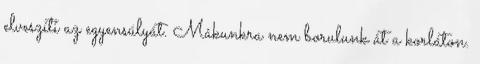
elveszíti az egyensúlyát. Mákunkra nem borulunk át a korláton.